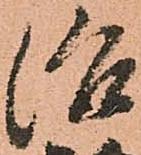
治